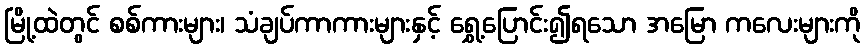
မြို့ထဲတွင် စစ်ကားများ၊ သံချပ်ကာကားများနှင့် ရွှေ့ပြောင်း၍ရသော အမြော ကလေးများကို